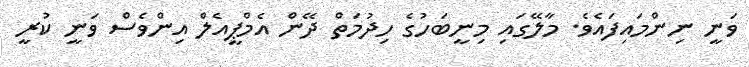
ވަނީ ނިންމައިފައެވެ. މާލޭގައި މިނީބަހުގެ ހިދުމަތް ދޭން އެމްޕީއެލް އިންވެސް ވަނީ ކުރީ